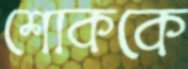
শোককে